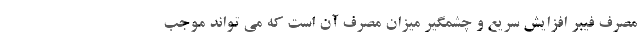
مصرف فیبر افزایش سریع و چشمگیر میزان مصرف آن است که می تواند موجب